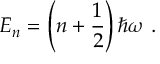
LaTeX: E _ { n } = \left( n + { \frac { 1 } { 2 } } \right) \hbar \omega ~ .